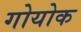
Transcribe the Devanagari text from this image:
गोयोक